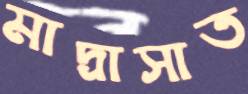
মাদ্রাসাত